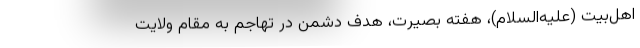
اهل‌بیت (علیه‌السلام)، هفته بصیرت، هدف دشمن در تهاجم به مقام ولایت